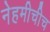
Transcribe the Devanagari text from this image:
नेहमीचीच